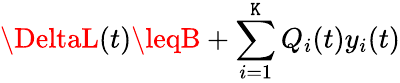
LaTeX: \DeltaL(t)\leqB+\sum_{i=1}^{\mathtt{K}}Q_{i}(t)y_{i}(t)